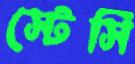
স্টেসি